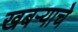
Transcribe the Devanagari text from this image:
खबर्‍याचे